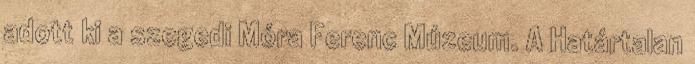
adott ki a szegedi Móra Ferenc Múzeum. A Határtalan